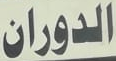
الدوران